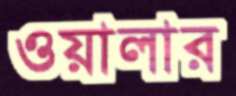
ওয়ালার